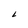
Character: L